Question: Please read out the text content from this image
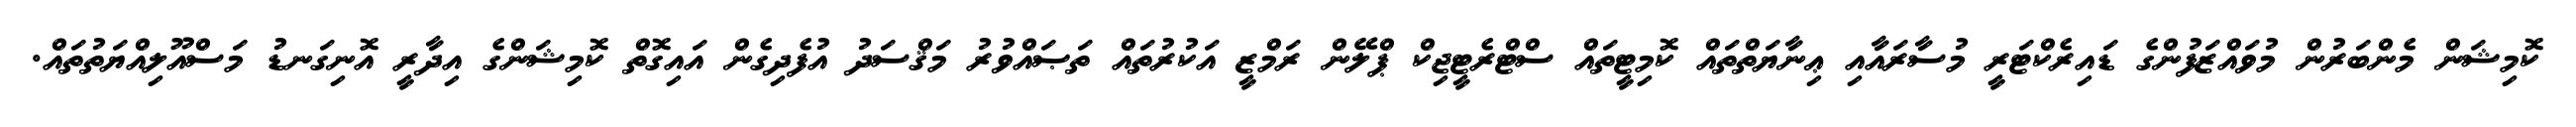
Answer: ކޮމިޝަން މެންބަރުން މުވައްޒަފުންގެ ޑައިރެކްޓަރީ މުސާރައާއި ޢިނާޔަތްތައް ކޮމިޓީތައް ސްޓްރެޓީޖިކް ޕްލޭން ރަމްޒީ އަކުރުތައް ތަޞައްވުރު މަޤްސަދު އުފެދިގެން އައިގޮތް ކޮމިޝަންގެ އިދާރީ އޮނިގަނޑު މަސްއޫލިއްޔަތުތައް.